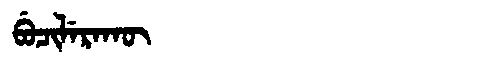
Manchu: ᠪᡠᠴᡳᠯᡝᡵᠠᡴᡡ
Romanization: BUCILERAKŪ